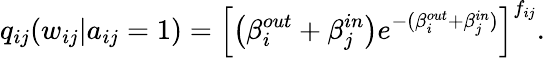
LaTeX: q_{ij}(w_{ij}|a_{ij}=1)=\left[\left(\beta_{i}^{out}+\beta_{j}^{in}\right)e^{-(\beta_{i}^{out}+\beta_{j}^{in})}\right]^{f_{ij}}.